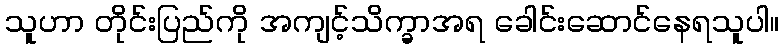
သူဟာ တိုင်းပြည်ကို အကျင့်သိက္ခာအရ ခေါင်းဆောင်နေရသူပါ။